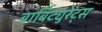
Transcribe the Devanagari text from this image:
बार्बिट्युरेट्स